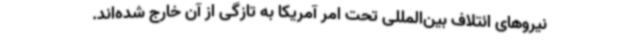
نیروهای ائتلاف بین‌المللی تحت امر آمریکا به تازگی از آن خارج شده‌اند.